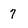
Character: 7